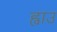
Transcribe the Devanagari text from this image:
ह्वाउ